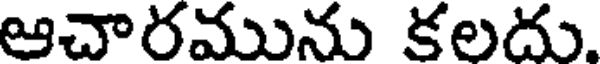
ఆచారమును కలదు.